Indian Medical Review
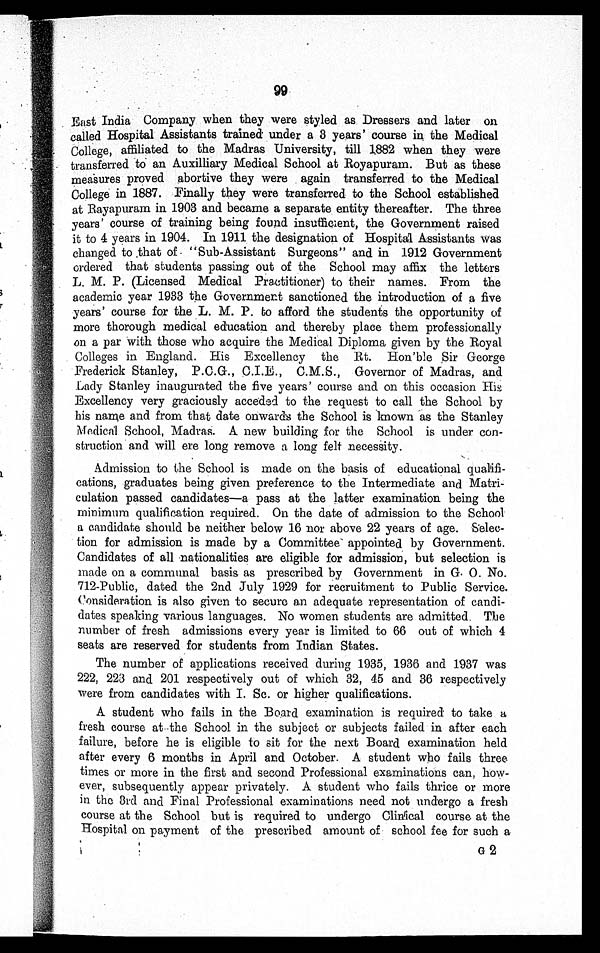
99
East India Company when they were styled as Dressers and later on
c a l l e d H o s p i t a l A s s i s t a n t s t r a i n e d : u n d e r a 3 y e a r s ' c o u r s e i n t h e M e d i c a l
College, affiliated to the Madras University, till 1882 when they were
transferred to an Auxilliary Medical School at Royapuram. But as these
measures proved abortive they were again transferred to the Medical
College in 1887. Finally they were transferred to the School established
at Rayapuram in 1903 and became a separate entity thereafter. The three
years' course of training being found insufficient, the Government raised
it to 4 years in 1904. In 1911 , the designation of Hospital Assistants was
changed to that of "Sub-Assistant Surgeons" and in 1912 Government
ordered that students passing out of the School may affix the letters
L. M. P. (Licensed Medical Practitioner) to their names. From the
academic year 1933 the Government sanctioned the introduction of a five
years' course for the L. M. P. to afford the students the opportunity of
more thorough medical education and thereby place them professionally
on a par with those who acquire the Medical Diploma given by the Royal
Colleges in England. His Excellency the Rt. Hon'ble Sir George
Frederick Stanley, P.C.G., C.I.E., C.M.S., Governor of Madras, and
Lady Stanley inaugurated the five years' course and on this occasion His
Excellency very graciously acceded to the request to call the School by
his name and from that date onwards the School is known as the Stanley
Medical School, Madras. A new building for the School is under con-
struction and will ere long remove a long felt necessity.
Admission to the School is made on the basis of educational qualifi-
cations, graduates being given preference to the Intermediate and Matri-
culation passed candidates—a pass at the latter examination being the
minimum qualification required. On the date of admission to the School
a candidate should be neither below 16 nor above 22 years of age. Selec-
tion for admission is made by a Committee appointed by Government.
Candidates of all nationalities are eligible for admission, but selection is
made on a communal basis as prescribed by Government in G. 0. No.
712-Public, dated the 2nd July 1929 for recruitment to Public Service.
Consideration is also given to secure an adequate representation of candi-
dates speaking various languages. No women students are admitted. The
number of fresh admissions every year is limited to 66 out of which 4
seats are reserved for students from Indian States.
The number of applications received during 1935, 1936 and 1937 was
222, 223 and 201 respectively out of which 32, 45 and 36 respectively
were from candidates with I. Sc. or higher qualifications.
A student who fails in the Board examination is required to take a
fresh course at the School in the subject or subjects failed in after each
failure, before he is eligible to sit for the next Board examination held
after every 6 months in April and October. A student who fails three
times or more in the first and second Professional examinations can, how-
ever, subsequently appear privately. A student who fails thrice or more
in the 3rd and Final Professional examinations need not undergo a fresh
course at the School but is required to undergo Clinical course at the
Hospital on payment of the prescribed amount of school fee for such a
G 2